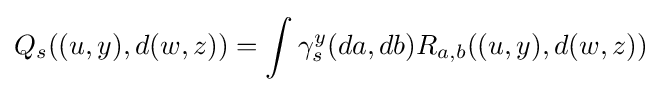
Q_{s}((u,y),d(w,z))=\int \gamma _{s}^{y}(da,db)R_{a,b}((u,y),d(w,z))